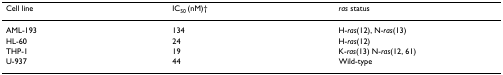
<table><thead><tr><td><b>Cell line</b></td><td><b>IC<sub>50 </sub>(nM)†</b></td><td><b><i>ras </i>status</b></td></tr></thead><tbody><tr><td>AML-193</td><td>134</td><td>H-<i>ras</i>(12), N-<i>ras</i>(13)</td></tr><tr><td>HL-60</td><td>24</td><td>H-<i>ras</i>(12)</td></tr><tr><td>THP-1</td><td>19</td><td>K-<i>ras</i>(13) N-<i>ras</i>(12, 61)</td></tr><tr><td>U-937</td><td>44</td><td>Wild-type</td></tr></tbody></table>